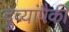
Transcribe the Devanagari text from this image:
दुव्यांपैकी